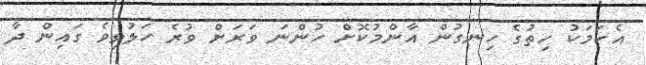
އެކަމަކު ހިތުގެ ހިނގުން އާންމުކޮށް ހުންނަ ވަރަށް ވުރެ ހަލުވިވެ ގައިން ދާ